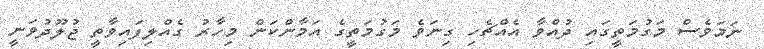
ނަމަވެސް މަގުމަތީގައި ދުއްވާ އެއްޗެހި ގިނަވެ މަގުމަތީގެ އަމާންކަން މިހާރު ގެއްލިފައިވާތީ ޖުލޫދުވަނީ